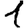
Digit: 1